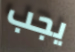
يجب